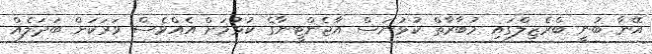
އޭނާ ބުނީ ބްރެޒިލްގައި މުބާރާތް ކުޅުނަސް އާޖެންޓީނާގެ ކުޅުމަށް އެއްވެސް ވަރަކަށް ބަދަލެއް